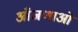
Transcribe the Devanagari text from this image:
आँजणाओं